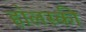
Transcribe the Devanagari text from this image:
हा॓लस्की